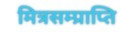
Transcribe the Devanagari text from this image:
मित्रसम्प्राप्ति